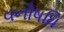
વનૌષધિ